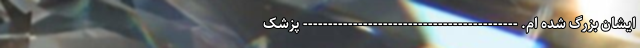
ایشان بزرگ شده ام. ------------------------------------------- پزشک